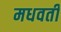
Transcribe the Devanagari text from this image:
मधवर्ती